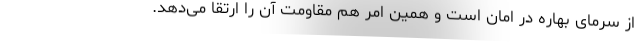
از سرمای بهاره در امان است و همین امر هم مقاومت آن را ارتقا می‌­دهد.